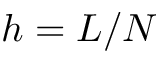
h = L / N